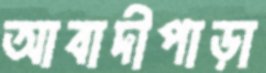
আবাদীপাড়া